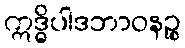
ဣဒ္ဓိပါဒဘာဝနဉ္စ